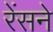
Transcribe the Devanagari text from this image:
रेंसने